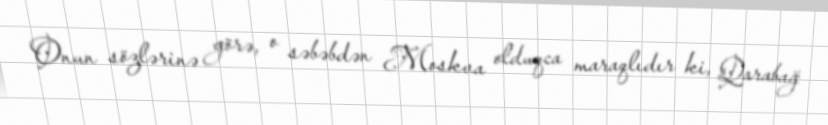
Onun sözlərinə görə, o səbəbdən Moskva olduqca maraqlıdır ki, Qarabağ